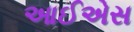
આઈએસ